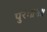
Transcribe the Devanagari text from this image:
पुरः॥५॥